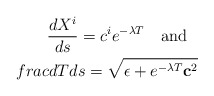
\begin{align*}\frac{dX^i}{ds}=c^ie^{-\lambda T}\ \ \ {\rm and} \ \ \\frac{dT}{ds}=\sqrt{\epsilon + e^{-\lambda T} {\bf c}^2}\end{align*}